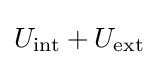
U_{\text{int}}+U_{\text{ext}}